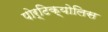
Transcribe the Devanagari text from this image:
पोर्टिक्योलिस